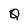
Character: Q